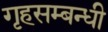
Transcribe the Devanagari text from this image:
गृहसम्बन्धी